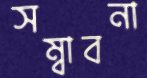
সম্বাবনা